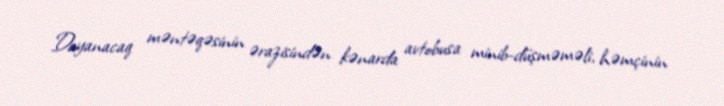
Dayanacaq məntəqəsinin ərazisindən kənarda avtobusa minib-düşməməli, həmçinin